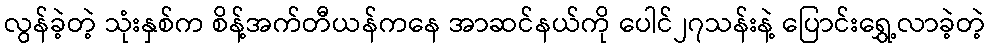
လွန်ခဲ့တဲ့ သုံးနှစ်က စိန့်အက်တီယန်ကနေ အာဆင်နယ်ကို ပေါင်၂၇သန်းနဲ့ ပြောင်းရွှေ့လာခဲ့တဲ့